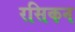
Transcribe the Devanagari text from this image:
रसिकन